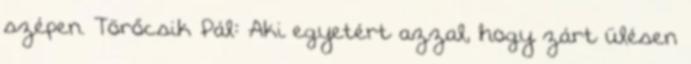
szépen. Törőcsik Pál: Aki egyetért azzal, hogy zárt ülésen